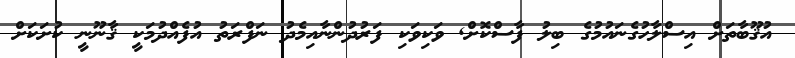
އުޤޫބާތަށް އިސްލާހުގެނައުމުގެ ބިލު ފާސްކޮށް